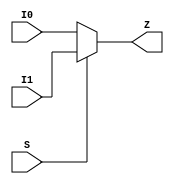
module common_clkmux (
	I0,
	I1,
	S,
	Z
	);

	// synopsys translate_off
	parameter C_DELAY = 0.0;
	// synopsys translate_on

	input I0;
	input I1;
	input S;

	output Z;

	// synopsys translate_off
	generate
	if (C_DELAY > 0) begin: DELAY
		assign #C_DELAY Z = S ? I1 : I0;
	end
	else begin: NO_DELAY
		// synopsys translate_on
		assign Z = S ? I1 : I0;
		// synopsys translate_off
	end
	endgenerate
	// synopsys translate_on
endmodule


module common_clkinv (  I,
	ZN
	);

	// synopsys translate_off
	parameter C_DELAY = 0.0;
	// synopsys translate_on

	input  I;

	output ZN;

	wire   ZN;

	// synopsys translate_off
	generate
	if (C_DELAY > 0) begin: DELAY
		assign #C_DELAY ZN = ~I;
	end
	else begin: NO_DELAY
		// synopsys translate_on
		assign ZN = ~I;
		// synopsys translate_off
	end
	endgenerate
	// synopsys translate_on
endmodule